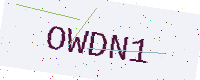
Text: OWDN1